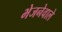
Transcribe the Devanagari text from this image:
भेजनेवाले